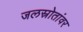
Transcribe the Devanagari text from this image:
जलस्रोतांवर